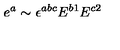
e ^ { a } \sim \epsilon ^ { a b c } E ^ { b 1 } E ^ { c 2 }